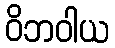
ဝိဘဝါယ